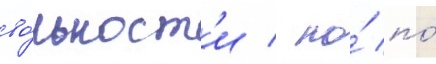
во́льност'и / но́ по́